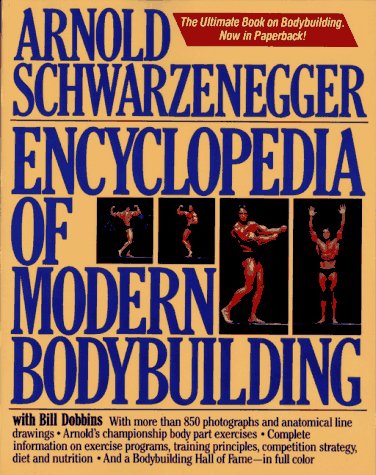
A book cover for Encyclopedia of Modern Bodybuilding; Arnold Schwarzenegger; Reference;